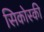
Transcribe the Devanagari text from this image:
सिकोस्की